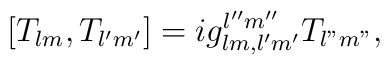
[T_{lm}, T_{l'm'}] = ig_{lm, l'm'}^{l''m''}T_{l"m"},